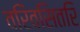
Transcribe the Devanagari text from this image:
वरिवसितरि